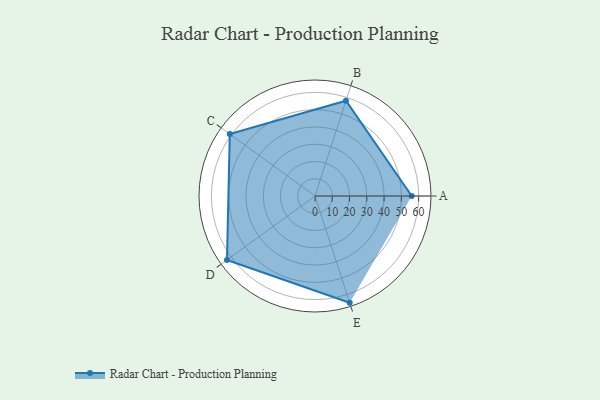
{"axis": {"x": "Skill", "y": "Score"}, "legend": ["Profile"], "data": [{"x": "A", "y": 56.0, "type": "Profile"}, {"x": "B", "y": 58.0, "type": "Profile"}, {"x": "C", "y": 61.0, "type": "Profile"}, {"x": "D", "y": 63.0, "type": "Profile"}, {"x": "E", "y": 65.0, "type": "Profile"}]}